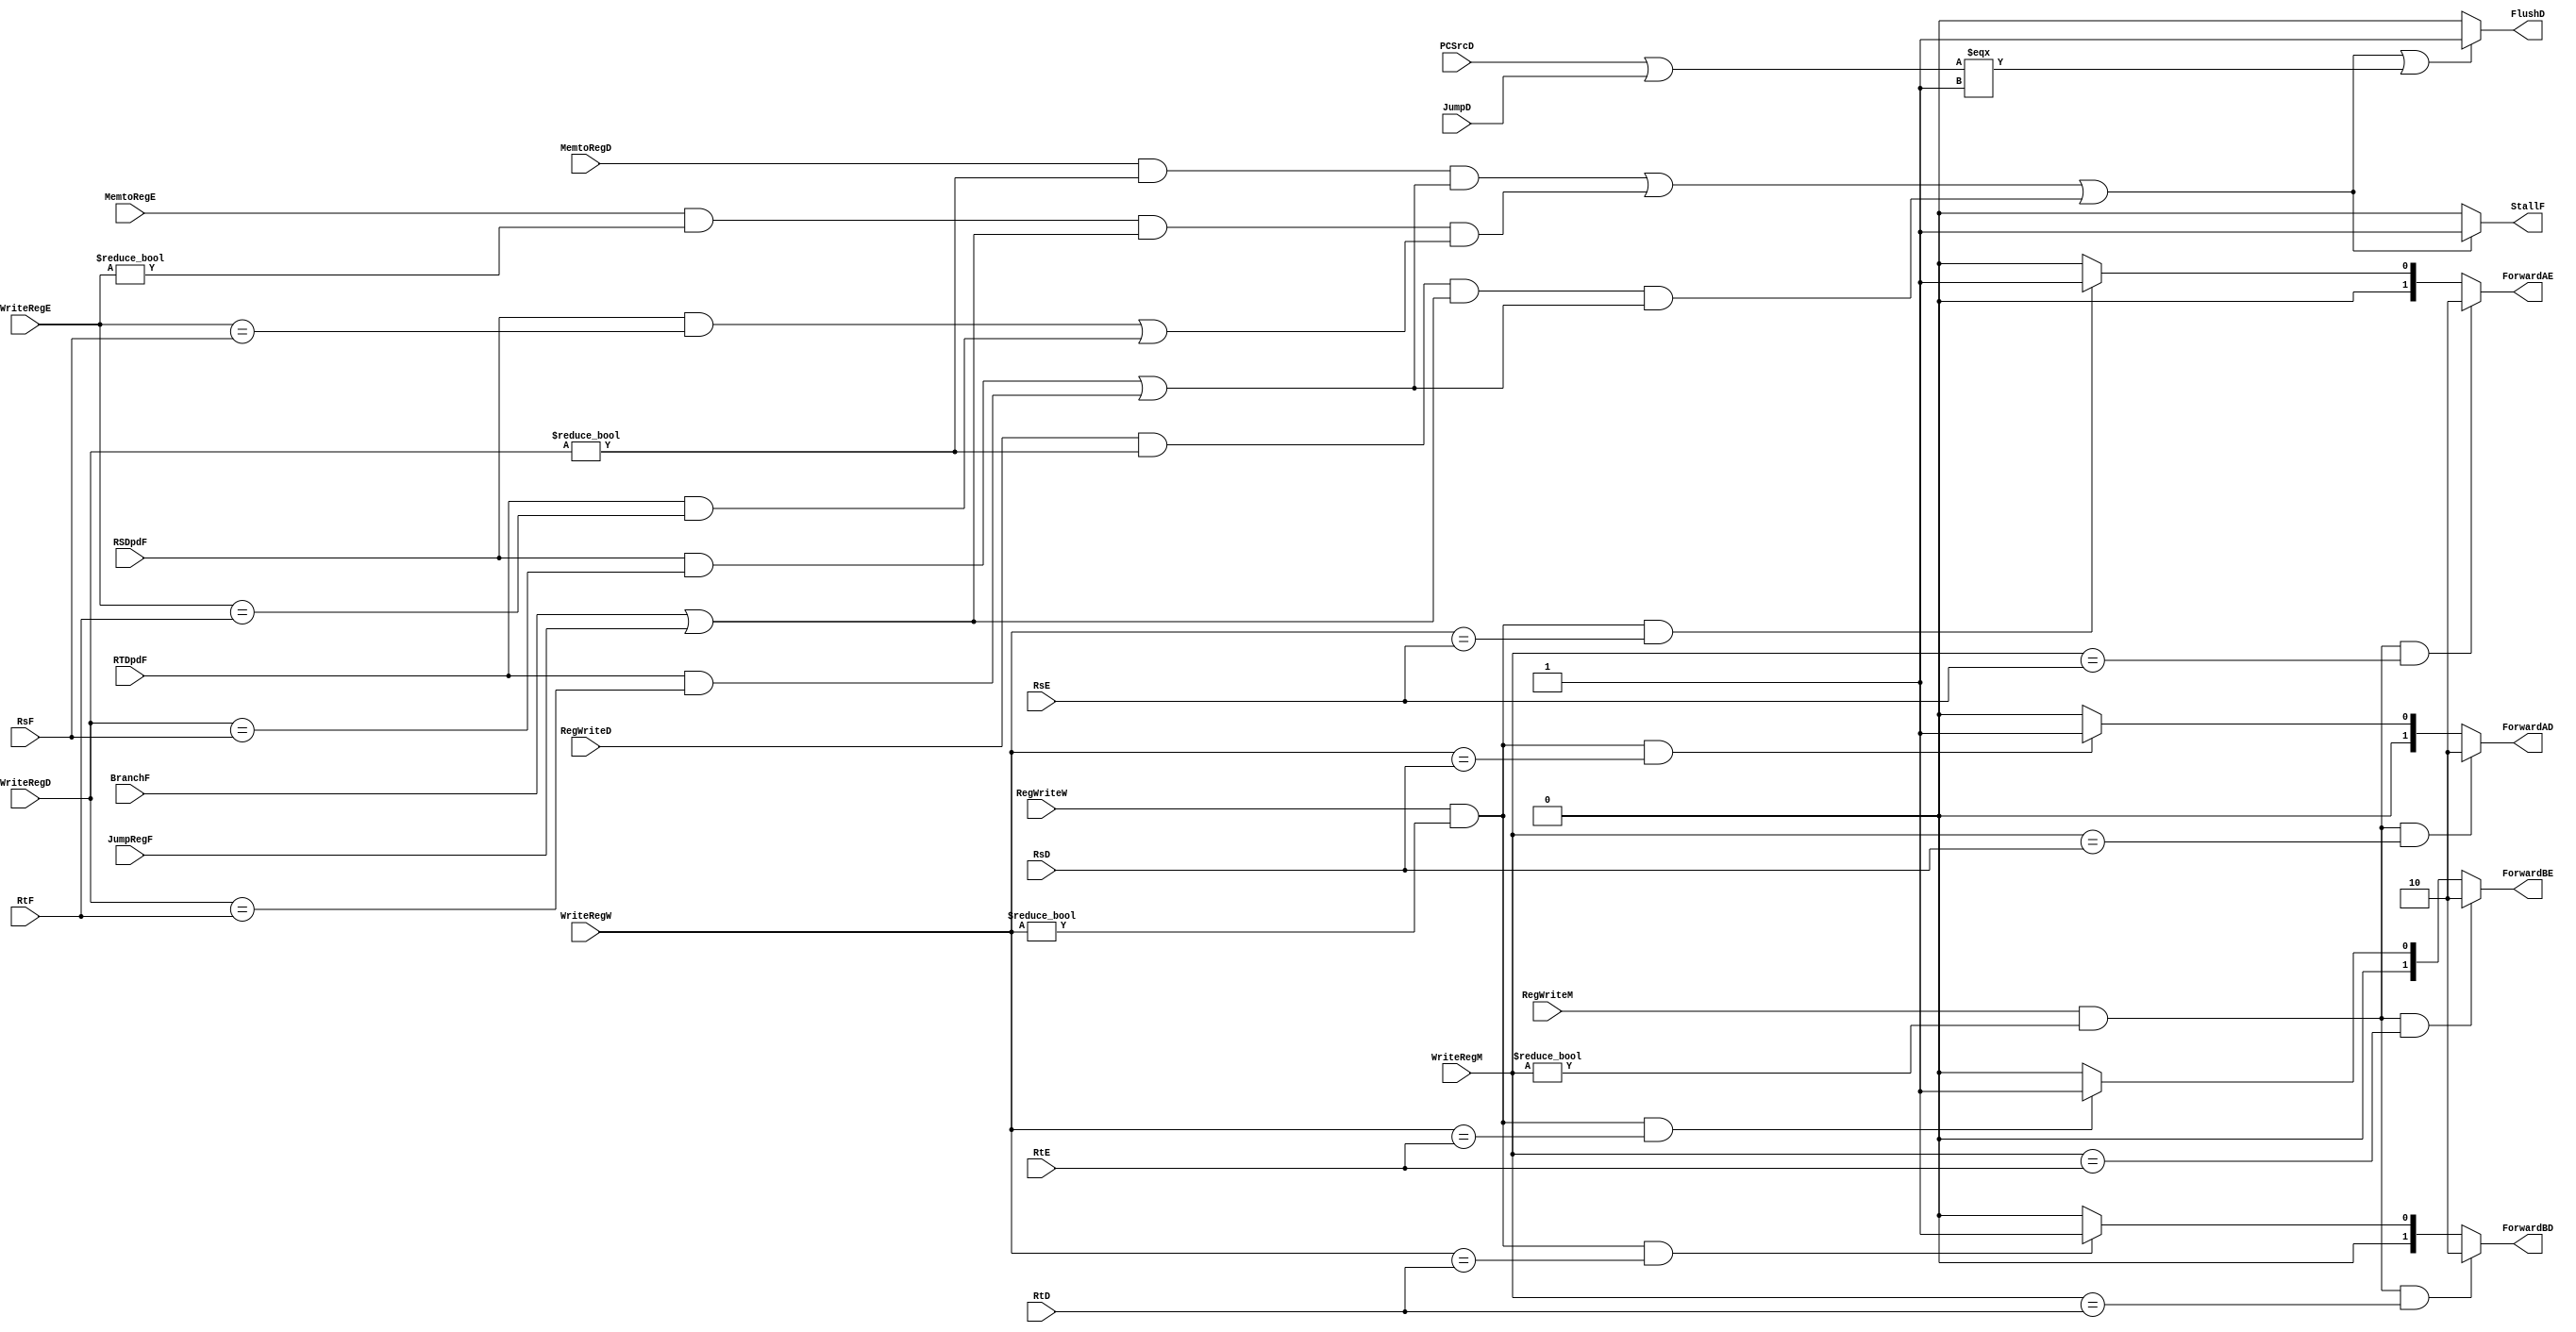
module hazardUnit(
    //input
      input[4:0] RsF
    , input[4:0] RtF
    , input[4:0] RsD
    , input[4:0] RtD
    , input[4:0] RsE
    , input[4:0] RtE
    , input RSDpdF
    , input RTDpdF
    , input[4:0] WriteRegD //stall for load --> ALU/branch/jr
    , input[4:0] WriteRegE
    , input[4:0] WriteRegM //forward (ALU -- ALU)
    , input[4:0] WriteRegW //forward (MEM -- ALU)
    , input PCSrcD //for flush if branch
    , input JumpRegF //stall for jr
    , input JumpD //flush for j, jal
    , input BranchF //stall for load --> branch
    , input MemtoRegD //
    , input MemtoRegE //stall for load --> ALU or load --> branch/jr
    , input RegWriteD //stall for alu --> branch/jr
    , input RegWriteM //forward for ALUResult --> ALU
    , input RegWriteW //forward for MemResult --> ALU
    //output
    , output reg[1:0] ForwardAD
    , output reg[1:0] ForwardBD
    , output reg[1:0] ForwardAE
    , output reg[1:0] ForwardBE
    , output reg StallF
    , output reg FlushD
);

//forwarding unit

always @(*) begin
  //EX stage forward
  if (RegWriteM & (WriteRegM != 5'b0) & (WriteRegM == RsE)) begin
    ForwardAE <= 2'b10;
  end
  else if (RegWriteW & (WriteRegW != 5'b0) & (WriteRegW == RsE)) begin
    ForwardAE <= 2'b01;
  end
  else ForwardAE <= 2'b00;

  if (RegWriteM & (WriteRegM != 5'b0) & (WriteRegM == RtE)) begin
    ForwardBE <= 2'b10;
  end
  else if (RegWriteW & (WriteRegW != 5'b0) & (WriteRegW == RtE)) begin
    ForwardBE <= 2'b01;
  end
  else ForwardBE <= 2'b00;

  //ID stage forward
  if (RegWriteM & (WriteRegM != 5'b0) & (WriteRegM == RsD)) begin
    ForwardAD <= 2'b10;
  end
  else if (RegWriteW & (WriteRegW != 5'b0) & (WriteRegW == RsD)) begin
    ForwardAD <= 2'b01;
  end
  else begin
    ForwardAD <= 2'b00;
  end

  if (RegWriteM & (WriteRegM != 5'b0) & (WriteRegM == RtD)) begin
    ForwardBD <= 2'b10;
  end
  else if (RegWriteW & (WriteRegW != 5'b0) & (WriteRegW == RtD)) begin
    ForwardBD <= 2'b01;
  end
  else begin
    ForwardBD <= 2'b00;
  end

  //flush for branch (assume not taken)
  //if branch/jump, then we flush ID/EX register (wrong instr)
  //assign FlushD = ((PCSrcD | JumpD) === 1)? 1'b1: 1'b0;

  //stall unit
  if (
    (MemtoRegD & (WriteRegD!=5'b0) & ((RSDpdF & (WriteRegD==RsF))|(RTDpdF & (WriteRegD==RtF))))
    |
    (MemtoRegE & (WriteRegE!=5'b0) & (BranchF|JumpRegF) & ((RSDpdF & (WriteRegE==RsF))|(RTDpdF & (WriteRegE==RtF))))
    |
    (RegWriteD & (WriteRegD!=5'b0) & (BranchF|JumpRegF) & ((RSDpdF & (WriteRegD==RsF))|(RTDpdF & (WriteRegD==RtF))) )
    )  begin
    StallF <= 1'b1;
  end
  else begin
    StallF <= 1'b0;
  end

  if (
    (MemtoRegD & (WriteRegD!=5'b0) & ((RSDpdF & (WriteRegD==RsF))|(RTDpdF & (WriteRegD==RtF))))
    |
    (MemtoRegE & (WriteRegE!=5'b0) & (BranchF|JumpRegF) & ((RSDpdF & (WriteRegE==RsF))|(RTDpdF & (WriteRegE==RtF))))
    |
    (RegWriteD & (WriteRegD!=5'b0) & (BranchF|JumpRegF) & ((RSDpdF & (WriteRegD==RsF))|(RTDpdF & (WriteRegD==RtF))) )
    | (PCSrcD | JumpD) === 1
    )  begin
    FlushD <= 1'b1;
  end
  else begin
    FlushD <= 1'b0;
  end
end






endmodule